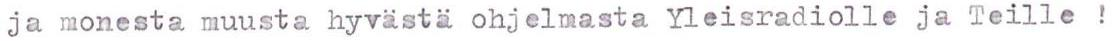
ja monesta muusta hyvästä ohjelmasta Yleisradiolle ja Teille !